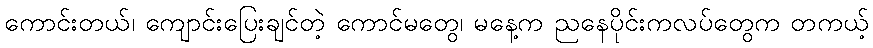
ကောင်းတယ်၊ ကျောင်းပြေးချင်တဲ့ ကောင်မတွေ၊ မနေ့က ညနေပိုင်းကလပ်တွေက တကယ့်